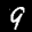
Label: 9